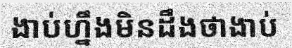
ងាប់ហ្នឹងមិនដឹងថាងាប់